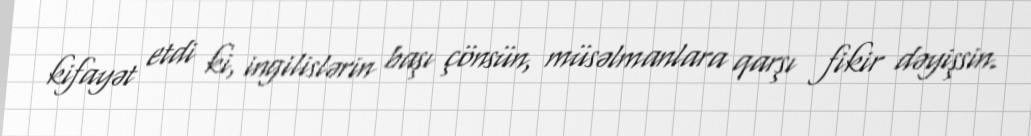
kifayət etdi ki, ingilislərin başı çönsün, müsəlmanlara qarşı fikir dəyişsin.